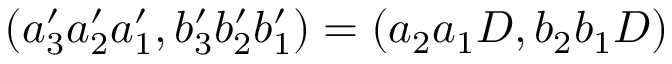
( a _ { 3 } ^ { \prime } a _ { 2 } ^ { \prime } a _ { 1 } ^ { \prime } , b _ { 3 } ^ { \prime } b _ { 2 } ^ { \prime } b _ { 1 } ^ { \prime } ) = ( a _ { 2 } a _ { 1 } D , b _ { 2 } b _ { 1 } D )